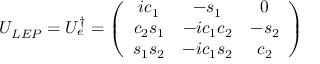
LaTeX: U _ { L E P } = U _ { e } ^ { \dagger } = \left( \begin{array} { c c c } { { i c _ { 1 } } } & { { - s _ { 1 } } } & { { 0 } } \\ { { c _ { 2 } s _ { 1 } } } & { { - i c _ { 1 } c _ { 2 } } } & { { - s _ { 2 } } } \\ { { s _ { 1 } s _ { 2 } } } & { { - i c _ { 1 } s _ { 2 } } } & { { c _ { 2 } } } \end{array} \right)